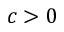
c > 0